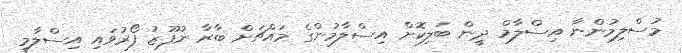
މުސްލިމުންނާ އިސްލާމް ދީން ބަލިކޮށް އިސްލާމުންގެ މައްޗަށް ބާރާ ނުފޫޒު ފޯރުވައި އިސްލާމީ